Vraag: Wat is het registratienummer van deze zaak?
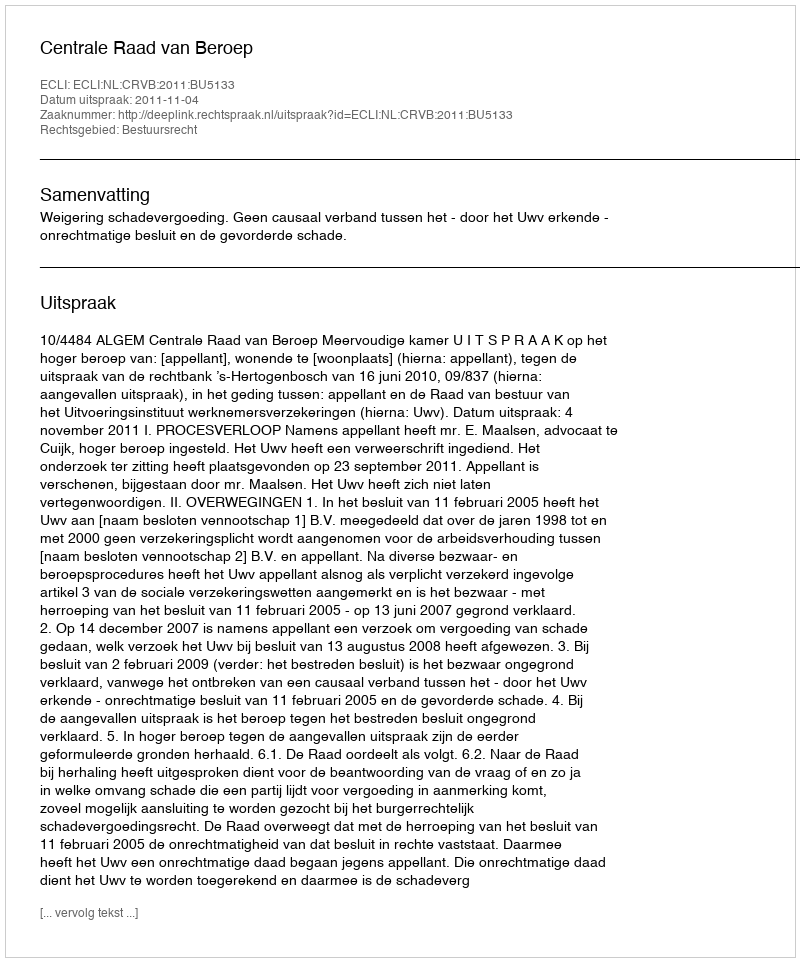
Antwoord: http://deeplink.rechtspraak.nl/uitspraak?id=ECLI:NL:CRVB:2011:BU5133